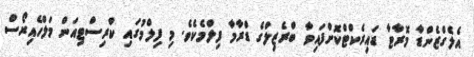
އެލެގްޒެންޑާ މޮރާޓާ ޑައިރެކްޓްކޮށްފައިވާ ބްރެޒިލްގެ ޑްރާމާ ފިލްމެކެވެ. މި ފިލްމުގައި ކްރިސްޓިއަން މަލްހެއިރޯސް